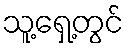
သူ့ရှေ့တွင်